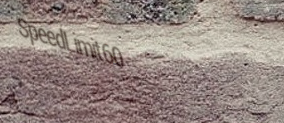
SpeedLimit60